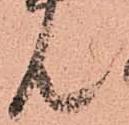
共